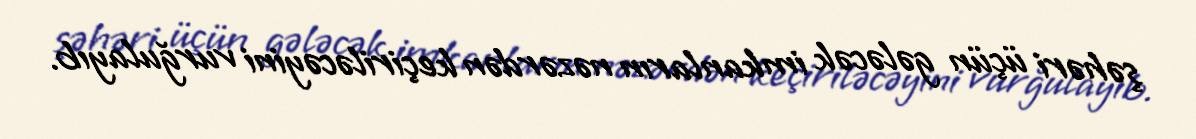
şəhəri üçün gələcək imkanların nəzərdən keçiriləcəyini vurğulayıb.